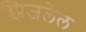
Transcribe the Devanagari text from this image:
झिजलेले